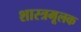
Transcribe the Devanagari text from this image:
शास्त्रमूलक